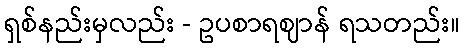
ရှစ်နည်းမှလည်း - ဥပစာရဈာန် ရသတည်း။